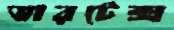
ভারটেক্স